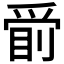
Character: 𱭂